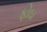
ફોઘ